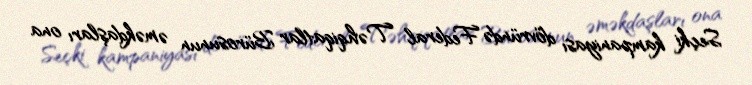
Seçki kampaniyası dövründə Federal Təhqiqatlar Bürosunun əməkdaşları ona